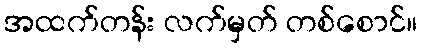
အထက်တန်း လက်မှတ် တစ်စောင်။